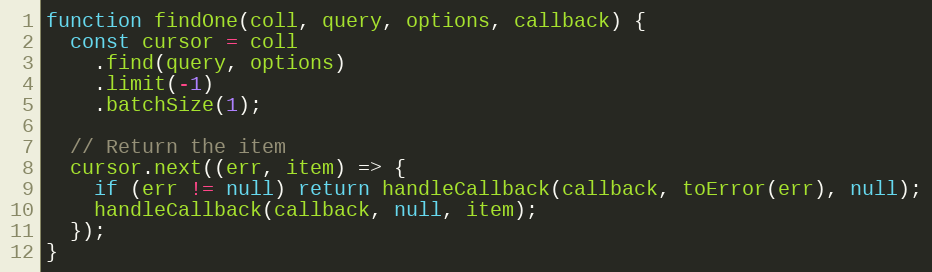
Language: JavaScript
function findOne(coll, query, options, callback) {
  const cursor = coll
    .find(query, options)
    .limit(-1)
    .batchSize(1);

  // Return the item
  cursor.next((err, item) => {
    if (err != null) return handleCallback(callback, toError(err), null);
    handleCallback(callback, null, item);
  });
}